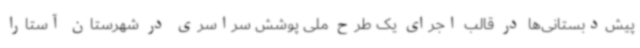
پیش‌دبستانی‌ها در قالب اجرای یک طرح ملی پوشش سراسری در شهرستان آستارا